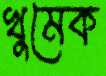
খুমেক